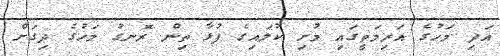
އަދި މަހުގެ އަރިމަތީގައި މުށި ކުލައިގެ ފުޅާ ތިން ރޮނގު މަހުގެ ދިގަށް